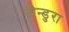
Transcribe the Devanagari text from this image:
जैन्डुरा